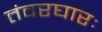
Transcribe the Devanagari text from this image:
तंवरघारः